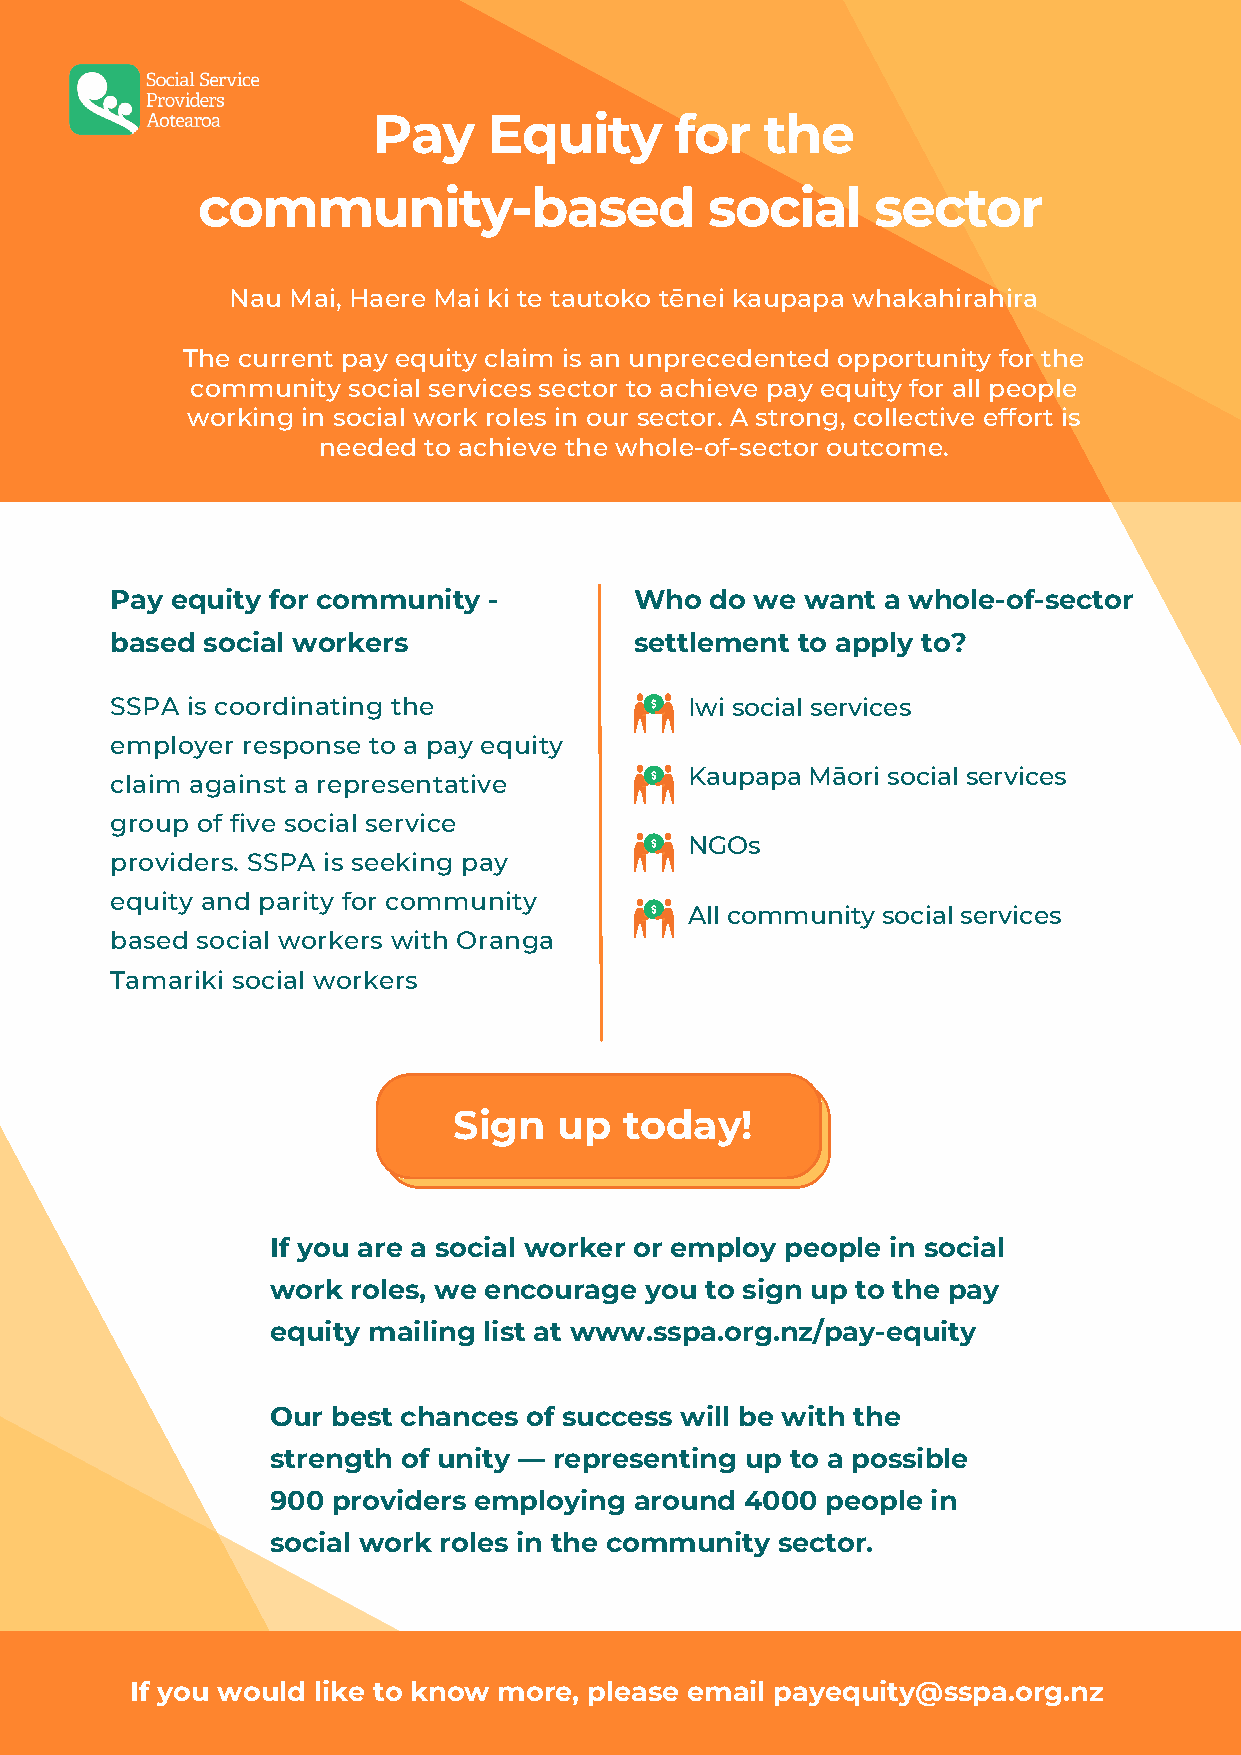
Pay    Equity       for   the
 community-based                   social     sector
 Nau Mai, Haere Mai ki te tautoko tēnei kaupapa whakahirahira
 The current pay equity claim is an unprecedented opportunity for the
 community social services sector to achieve pay equity for all people
 working in social work roles in our sector. A strong, collective effort is
 needed to achieve the whole-of-sector outcome.
 Pay equity for community -         Who  do we want  a whole-of-sector
 based social workers               settlement to apply to?
 SSPA is coordinating the               Iwi social services
 employer response to a pay equity
 Kaupapa Māori social services
 claim against a representative
 group of five social service
 NGOs
 providers. SSPA is seeking pay
 equity and parity for community
 All community social services
 based social workers with Oranga
 Tamariki social workers
 Sign   up  today!
 If you are a social worker or employ people in social
 work roles, we encourage you to sign up to the pay
 equity mailing list at www.sspa.org.nz/pay-equity
 Our best chances of success will be with the
 strength of unity — representing up to a possible
 900 providers employing around 4000  people in
 social work roles in the community sector.
 If you would like to know more, please email payequity@sspa.org.nz